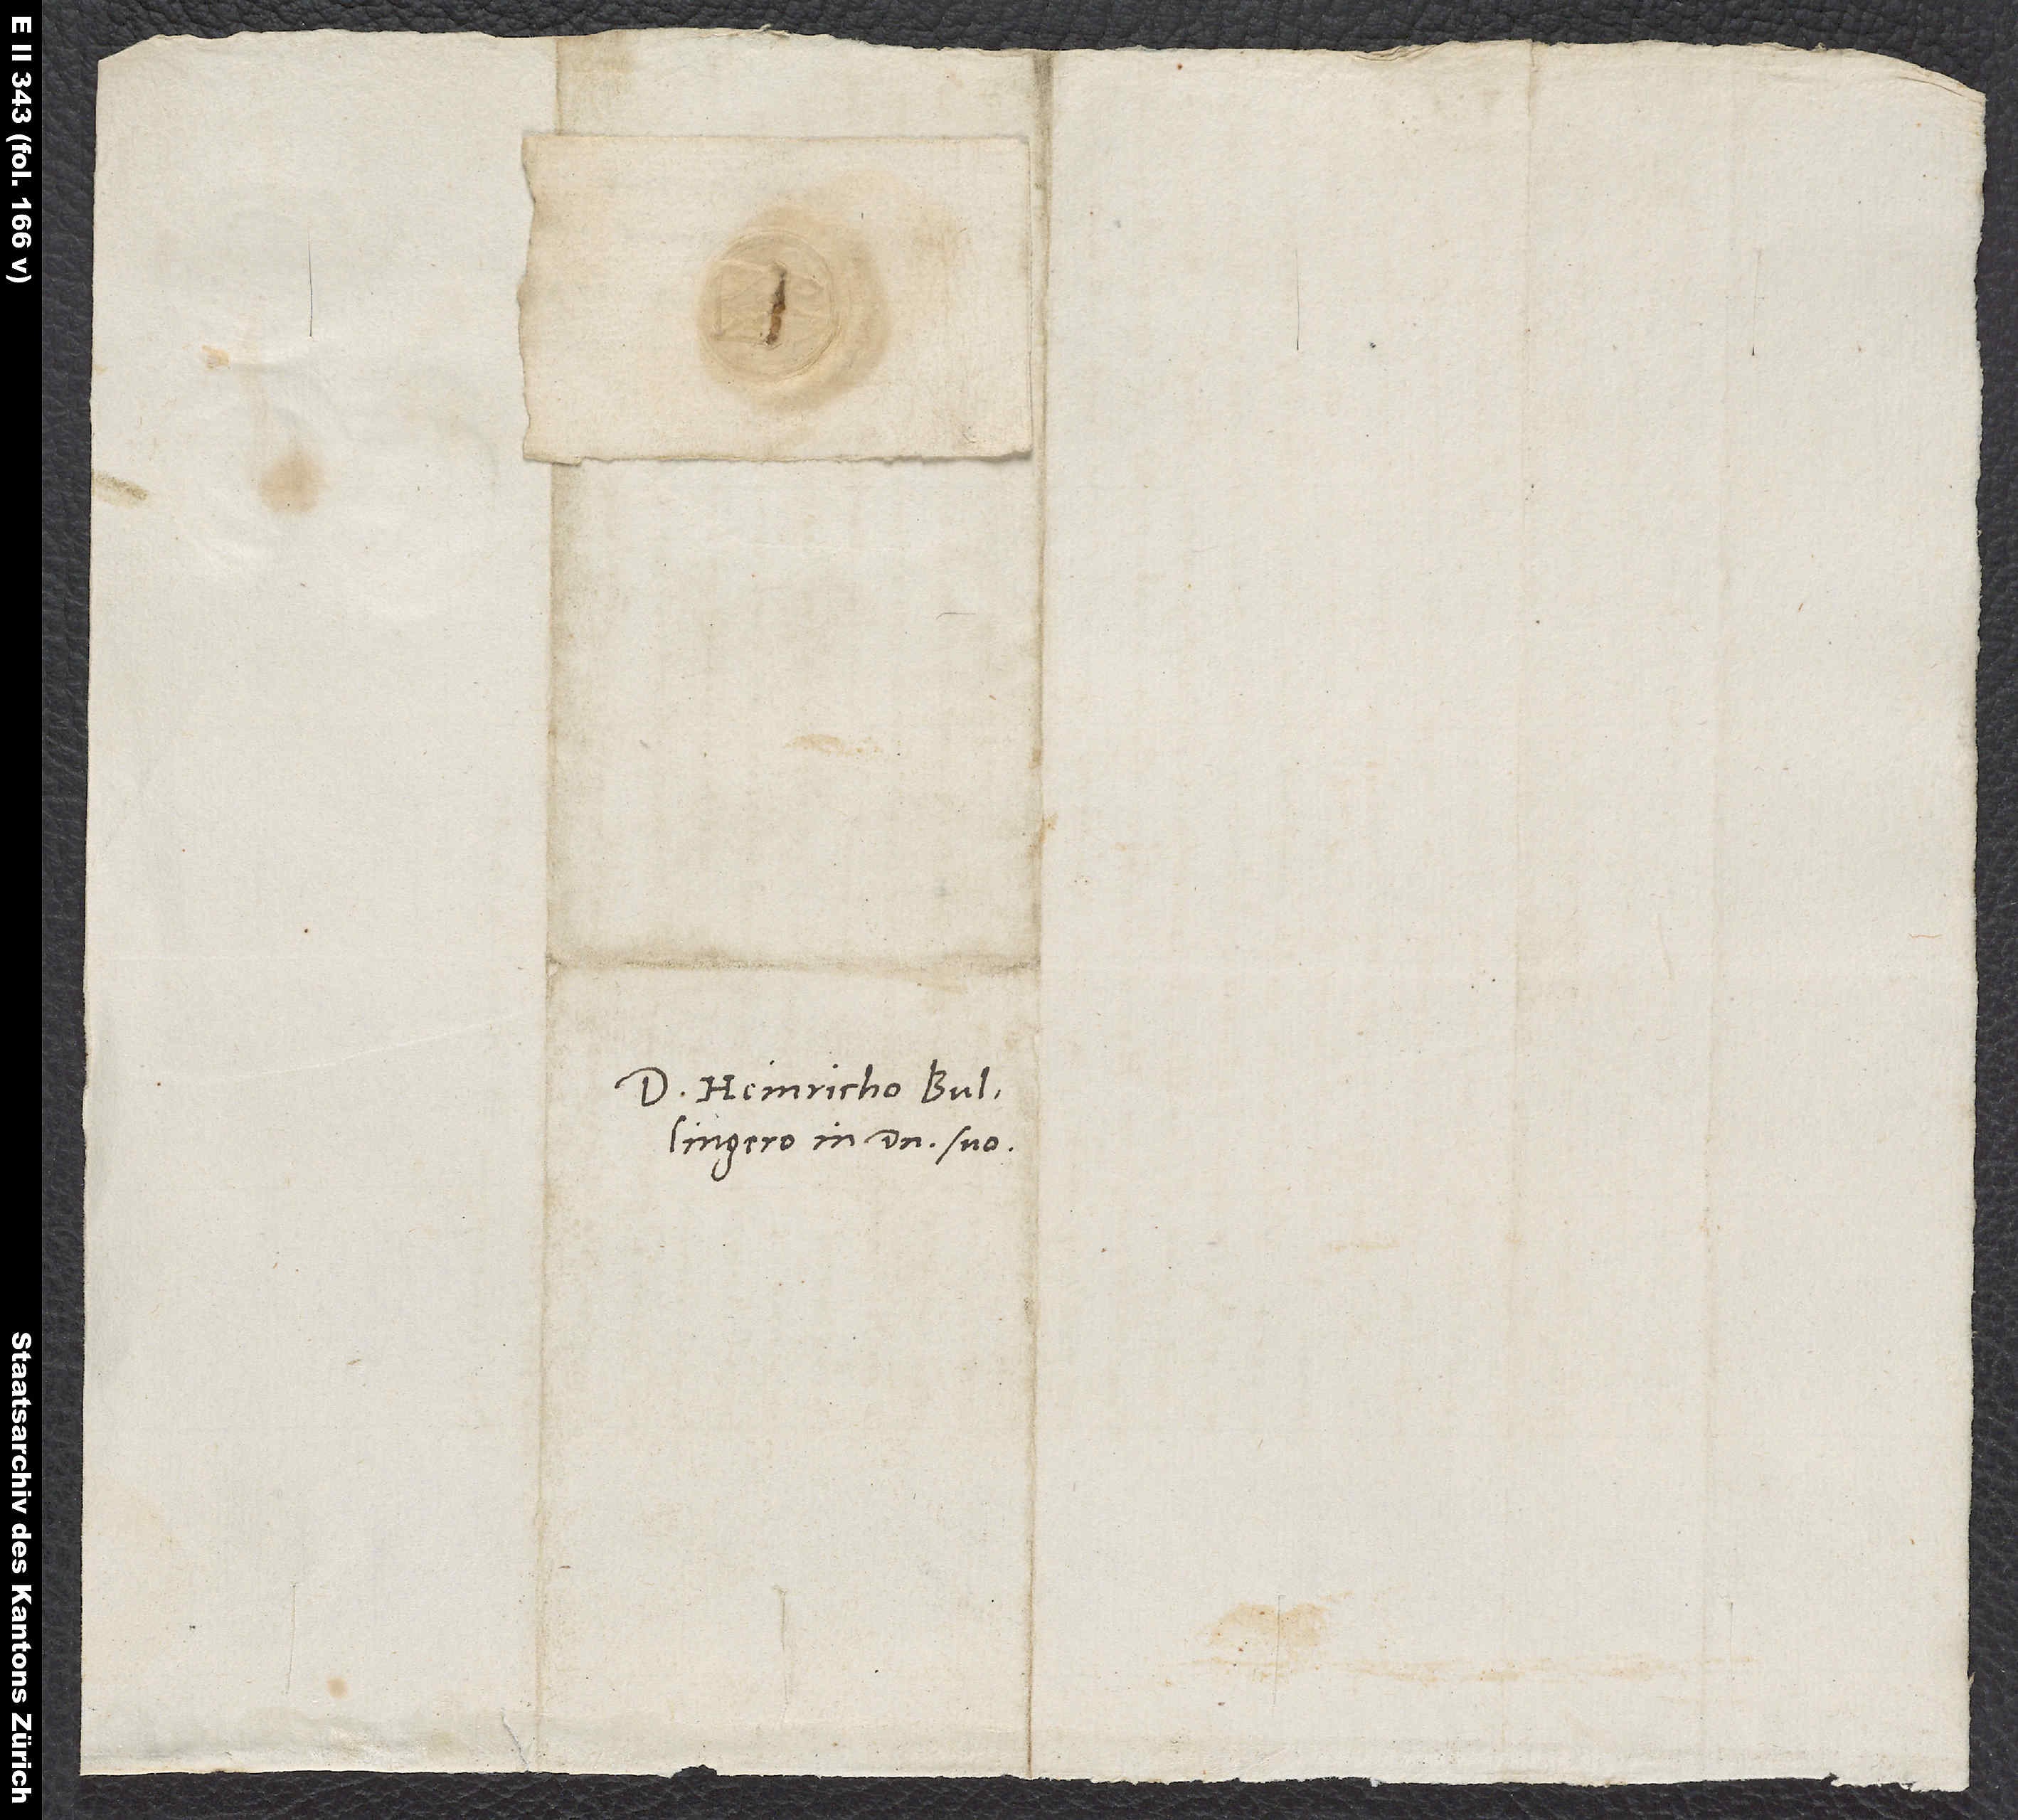
S.
Domino Heinricho Bullingero,